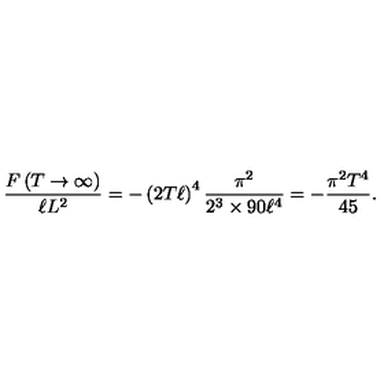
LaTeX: \frac { F \left( T \to \infty \right) } { \ell L ^ { 2 } } = - \left( 2 T \ell \right) ^ { 4 } \frac { \pi ^ { 2 } } { 2 ^ { 3 } \times 9 0 \ell ^ { 4 } } = - \frac { \pi ^ { 2 } T ^ { 4 } } { 4 5 } .